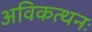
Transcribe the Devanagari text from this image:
अविकत्थनः